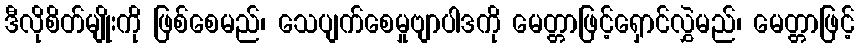
ဒီလိုစိတ်မျိုးကို ဖြစ်စေမည်၊ သေပျက်စေမှုဗျာပါဒကို မေတ္တာဖြင့်ရှောင်လွှဲမည်၊ မေတ္တာဖြင့်